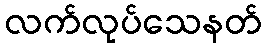
လက်လုပ်သေနတ်